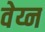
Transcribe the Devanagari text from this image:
वेय्न